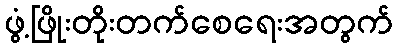
ဖွံ့ဖြိုးတိုးတက်စေရေးအတွက်